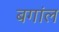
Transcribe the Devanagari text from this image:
बगांल